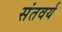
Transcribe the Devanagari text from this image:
संतवर्य